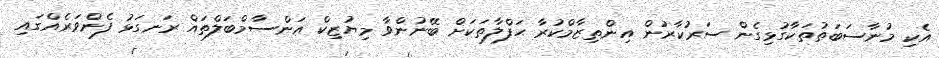
އެކި މުނާސަބަތުތަކާގުޅިގެން ސަރުކާރުން އިންތިޒާމްކުރާ ޙަފްލާތަކަށް ބޭނުންވާ މިޔުޒިކް އަންސާމްބަލްތައް ރަނގަޅު ފެންވަރެއްގައި